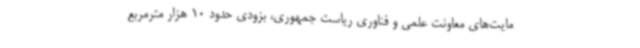
مایت‌های معاونت علمی و فناوری ریاست جمهوری، بزودی حدود 10 هزار مترمربع